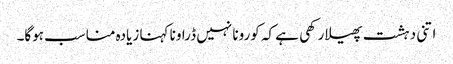
اتنی دہشت پھیلا رکھی ہے کہ کورونا نہیں ڈراونا کہنا زیادہ مناسب ہوگا۔